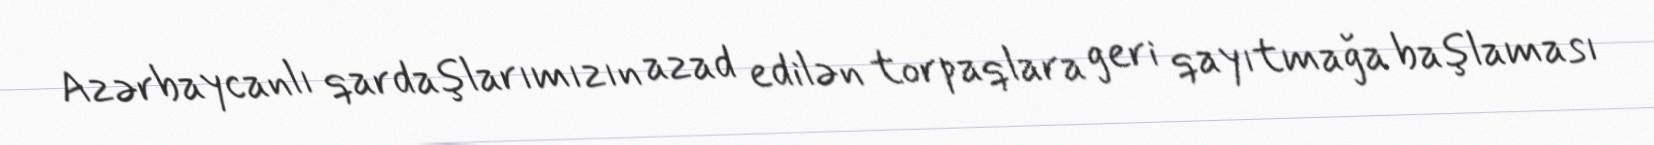
Azərbaycanlı qardaşlarımızın azad edilən torpaqlara geri qayıtmağa başlaması